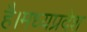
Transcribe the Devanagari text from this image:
है।मध्यप्रदेश